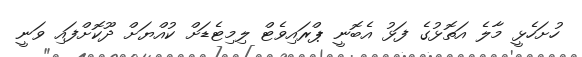
ހުށަހެޅީ މާލެ އަތޮޅުގެ ފަޅު އެބޮނީ ޕްރައިވެޓް ލިމިޓެޑަށް ކުއްޔަށް ދޫކޮށްފައި ވަނީ